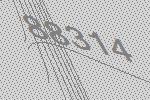
88314